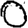
Digit: 0